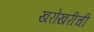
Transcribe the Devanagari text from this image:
खरोखरीची